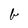
Character: b